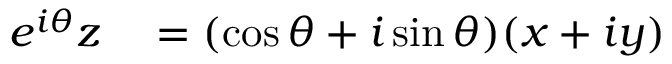
\begin{array} { r l } { e ^ { i \theta } z } & { { } = ( \cos \theta + i \sin \theta ) ( x + i y ) } \end{array}